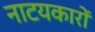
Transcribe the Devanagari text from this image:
नाटयकारों